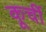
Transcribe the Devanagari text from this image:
कूर्ची